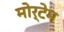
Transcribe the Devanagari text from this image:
मोर्टेम